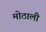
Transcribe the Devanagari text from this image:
माेठाली